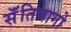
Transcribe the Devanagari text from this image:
सॅंतियागो